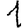
Digit: 1